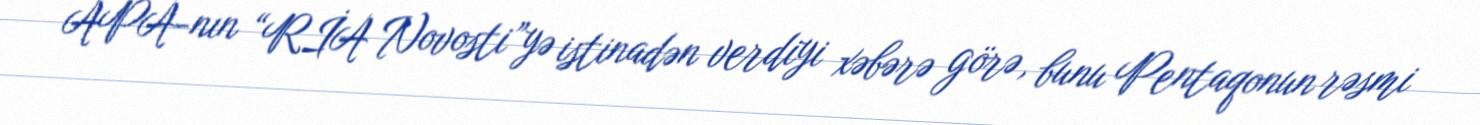
APA-nın “RİA Novosti”yə istinadən verdiyi xəbərə görə, bunu Pentaqonun rəsmi